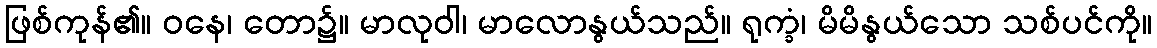
ဖြစ်ကုန်၏။ ဝနေ၊ တော၌။ မာလုဝါ၊ မာလောနွယ်သည်။ ရုက္ခံ၊ မိမိနွယ်သော သစ်ပင်ကို။